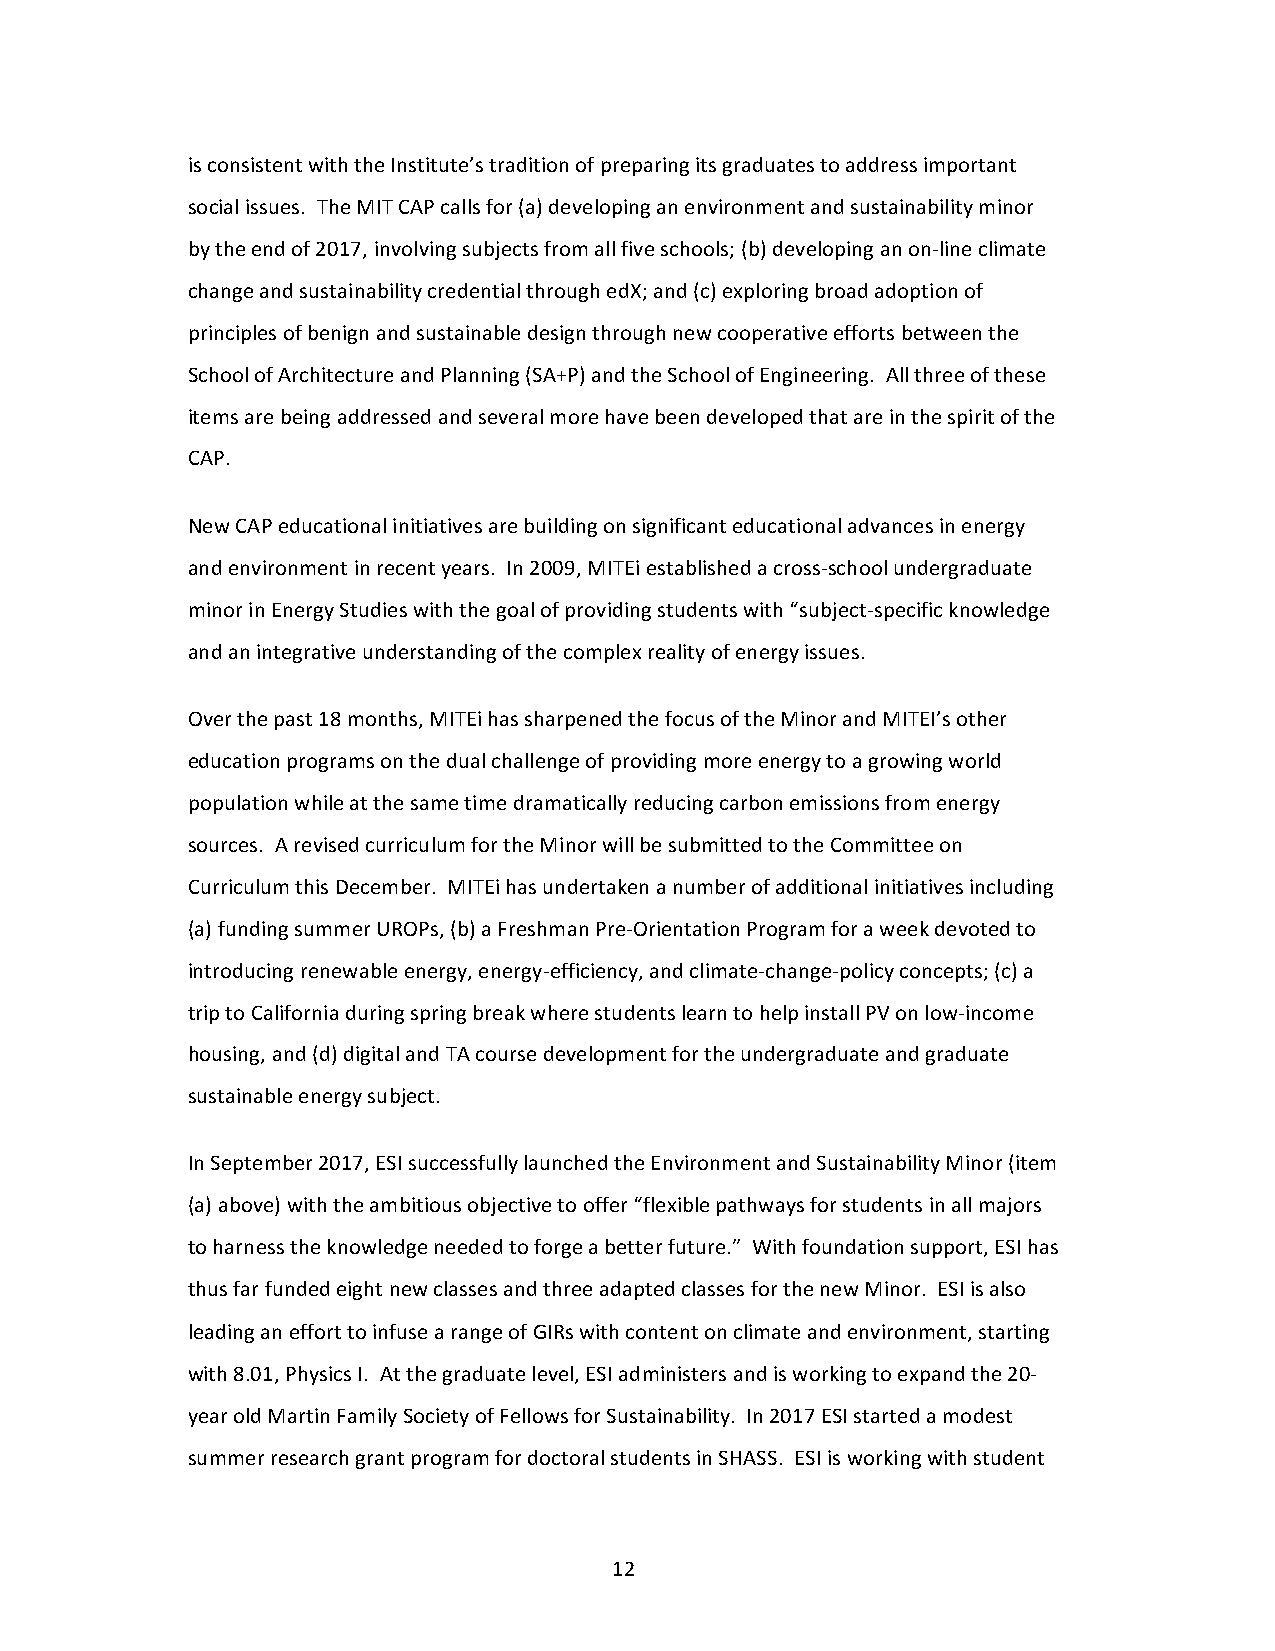
is consistent with the Institute’s tradition of preparing its graduates to address important
 social issues. The MIT CAP calls for (a) developing an environment and sustainability minor
 by the end of 2017, involving subjects from all five schools; (b) developing an on-line climate
 change and sustainability credential through edX; and (c) exploring broad adoption of
 principles of benign and sustainable design through new cooperative efforts between the
 School of Architecture and Planning (SA+P) and the School of Engineering. All three of these
 items are being addressed and several more have been developed that are in the spirit of the
 CAP.
 New CAP educational initiatives are building on significant educational advances in energy
 and environment in recent years. In 2009, MITEi established a cross-school undergraduate
 minor in Energy Studies with the goal of providing students with “subject-specific knowledge
 and an integrative understanding of the complex reality of energy issues.
 Over the past 18 months, MITEi has sharpened the focus of the Minor and MITEI’s other
 education programs on the dual challenge of providing more energy to a growing world
 population while at the same time dramatically reducing carbon emissions from energy
 sources. A revised curriculum for the Minor will be submitted to the Committee on
 Curriculum this December. MITEi has undertaken a number of additional initiatives including
 (a) funding summer UROPs, (b) a Freshman Pre-Orientation Program for a week devoted to
 introducing renewable energy, energy-efficiency, and climate-change-policy concepts; (c) a
 trip to California during spring break where students learn to help install PV on low-income
 housing, and (d) digital and TA course development for the undergraduate and graduate
 sustainable energy subject.
 In September 2017, ESI successfully launched the Environment and Sustainability Minor (item
 (a) above) with the ambitious objective to offer “flexible pathways for students in all majors
 to harness the knowledge needed to forge a better future.” With foundation support, ESI has
 thus far funded eight new classes and three adapted classes for the new Minor. ESI is also
 leading an effort to infuse a range of GIRs with content on climate and environment, starting
 with 8.01, Physics I. At the graduate level, ESI administers and is working to expand the 20-
 year old Martin Family Society of Fellows for Sustainability. In 2017 ESI started a modest
 summer research grant program for doctoral students in SHASS. ESI is working with student
 12